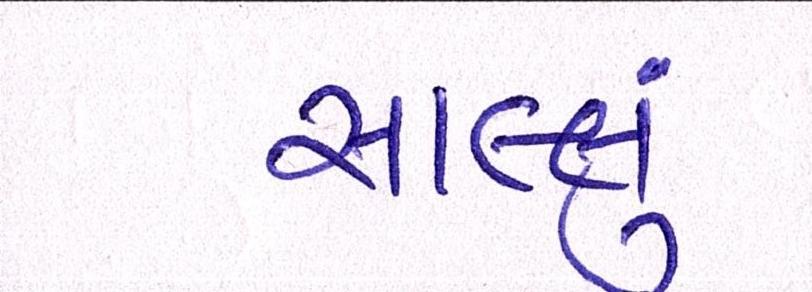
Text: સાલ્લું